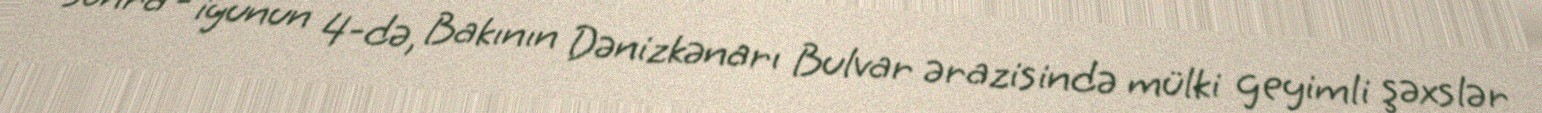
sonra - iyunun 4-də, Bakının Dənizkənarı Bulvar ərazisində mülki geyimli şəxslər